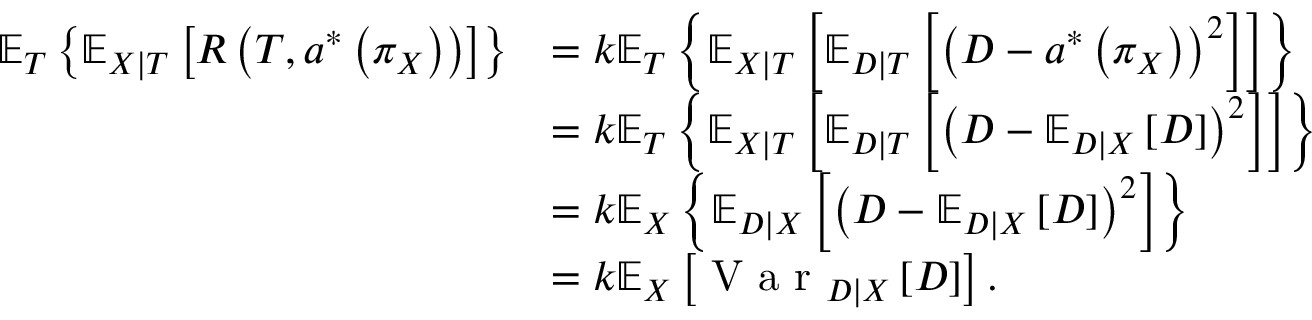
\begin{array} { r l } { \mathbb { E } _ { T } \left\{ \mathbb { E } _ { X | T } \left[ R \left( T , a ^ { * } \left( \pi _ { X } \right) \right) \right] \right\} } & { = k \mathbb { E } _ { T } \left\{ \mathbb { E } _ { X | T } \left[ \mathbb { E } _ { D | T } \left[ \left( D - a ^ { * } \left( \pi _ { X } \right) \right) ^ { 2 } \right] \right] \right\} } \\ & { = k \mathbb { E } _ { T } \left\{ \mathbb { E } _ { X | T } \left[ \mathbb { E } _ { D | T } \left[ \left( D - \mathbb { E } _ { D | X } \left[ D \right] \right) ^ { 2 } \right] \right] \right\} } \\ & { = k \mathbb { E } _ { X } \left\{ \mathbb { E } _ { D | X } \left[ \left( D - \mathbb { E } _ { D | X } \left[ D \right] \right) ^ { 2 } \right] \right\} } \\ & { = k \mathbb { E } _ { X } \left[ \textrm { V a r } _ { D | X } \left[ D \right] \right] . } \end{array}